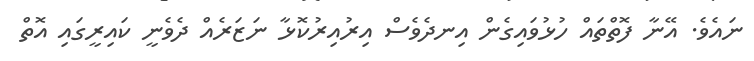
ނައެވެ. އޭނާ ފޮތްތައް ހުޅުވައިގެން އިނދެވެސް އިރުއިރުކޮޅާ ނަޒަރެއް ދެވެނީ ކައިރީގައި އޮތް